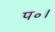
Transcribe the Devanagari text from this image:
प॰।